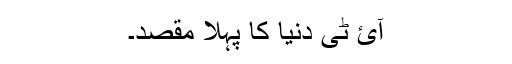
آئ ٹی دنیا کا پہلا مقصد۔